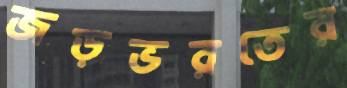
জড়ভরতের